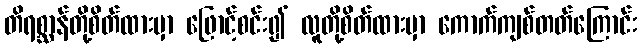
တိရစ္ဆာန်တို့စိတ်ထားမှာ ဖြောင့်စင်း၍ လူတို့စိတ်ထားမှာ ကောက်ကျစ်တတ်ကြောင်း